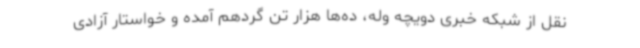
نقل از شبکه خبری دویچه وله،‌ ده‌ها هزار تن گردهم آمده و خواستار آزادی